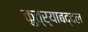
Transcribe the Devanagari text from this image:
कुत्र्याबद्दल